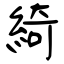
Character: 綺